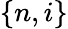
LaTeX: \{ n,i\}